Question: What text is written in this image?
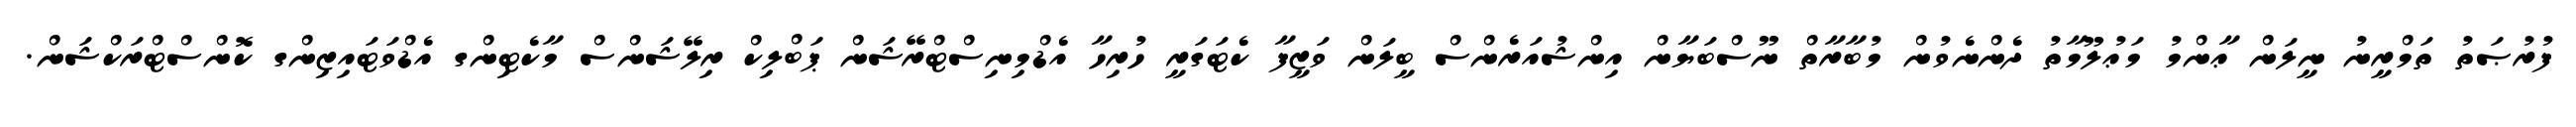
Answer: ފުރުޞަތު ތަމްރީނު ނީލަން ޢާންމު މަޢުލޫމާތު ދެންނެވުން މުބާރާތް ނޫސްބަޔާން އިންޝުއަރެންސް ބީލަން ވަޒީފާ ކެޓަގަރީ ހުރިހާ އެޑްމިނިސްޓްރޭޝަން ޕަބްލިކް ރިލޭޝަންސް މާކެޓިންގ އެޑްވަޓައިޒިންގ ކޮންސްޓްރަކްޝަން.